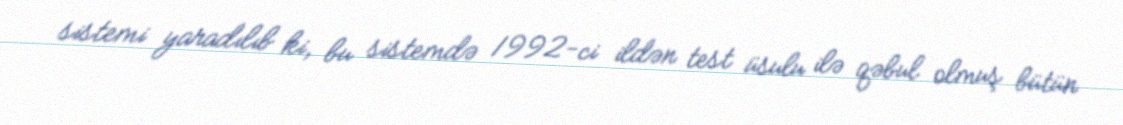
sistemi yaradılıb ki, bu sistemdə 1992-ci ildən test üsulu ilə qəbul olmuş bütün